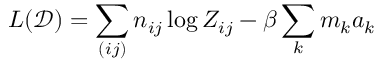
L ( \mathcal D ) = \sum _ { ( i j ) } n _ { i j } \log Z _ { i j } - \beta \sum _ { k } m _ { k } a _ { k }